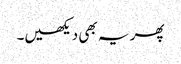
پھر یہ بھی دیکھیں۔